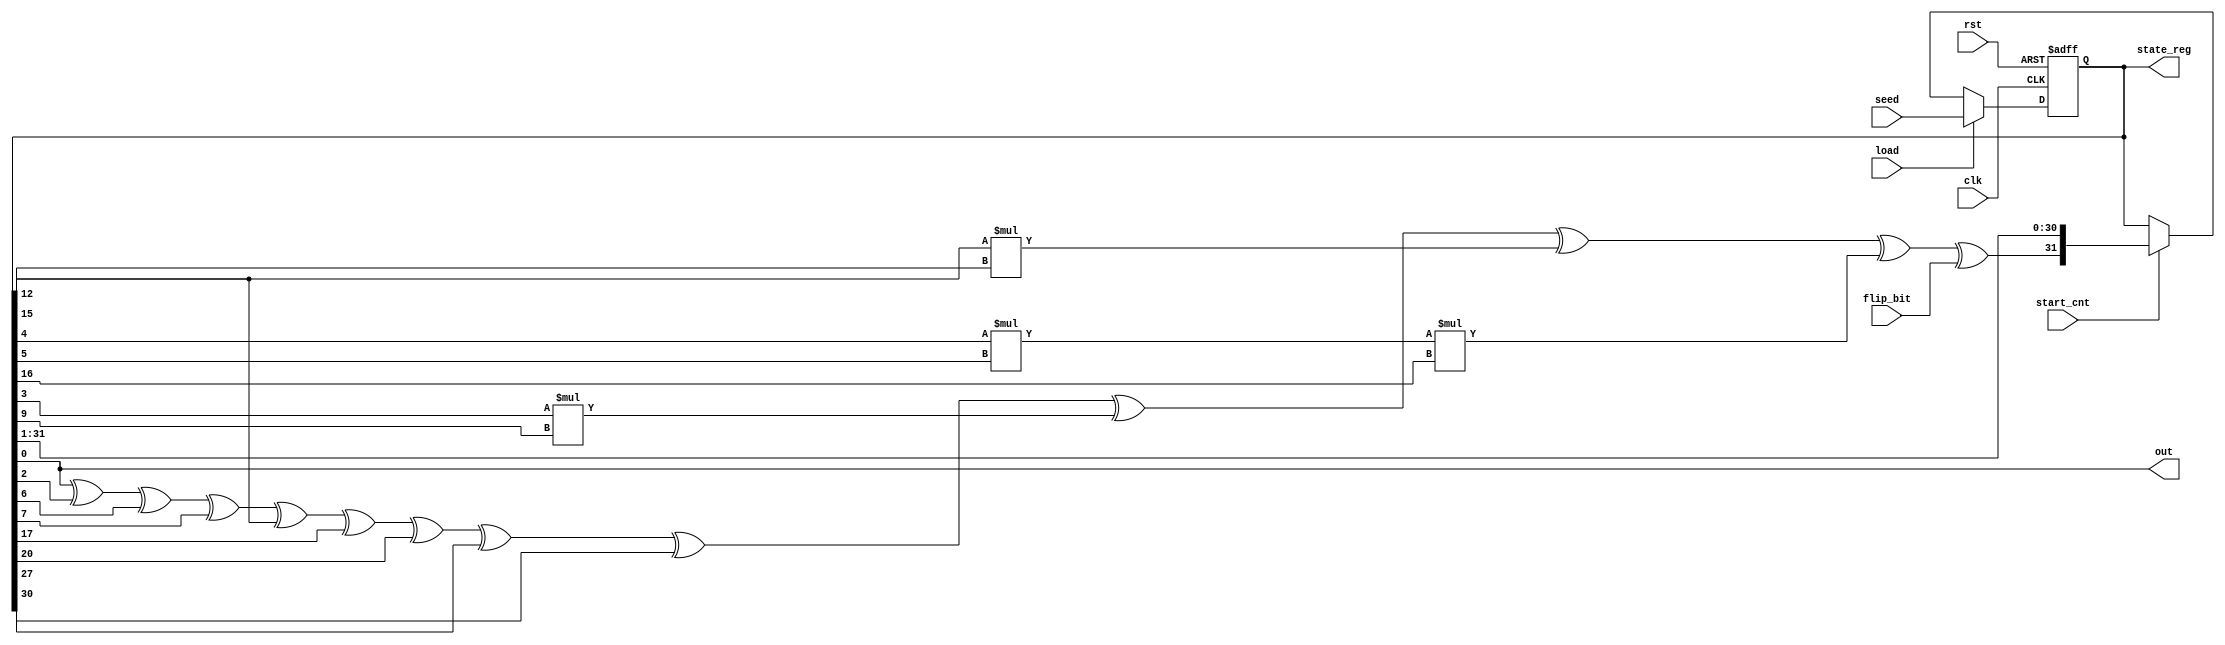
`timescale 1ns/1ps
module nlfsr_128 (out, clk, rst, load, seed, flip_bit, start_cnt, state_reg );

  output wire out;
  input wire clk, rst, load, flip_bit, start_cnt;
  input [31:0] seed;
  
  
  wire feedback, xored_feedback;
  output reg [31:0] state_reg;
  
  assign feedback = (state_reg[0] ^ state_reg[2] ^ state_reg[6] ^ state_reg[7] ^ state_reg[12] ^ state_reg[17]^ state_reg[20] ^ state_reg[27] ^ state_reg[30] ^ state_reg[3] * state_reg[9] ^ state_reg[12] * state_reg[15] ^ state_reg[4] * state_reg[5] * state_reg[16]);
  assign xored_feedback = feedback ^ flip_bit;
  assign out = state_reg[0];
  
always @(posedge clk, posedge rst)
  begin
    if (rst)
      state_reg <= 0;
	else if (load == 1)
		state_reg <= seed;
    else
	begin
		if (start_cnt == 1)
			state_reg <= {xored_feedback, state_reg[31:1]};
		else 
			state_reg <= state_reg;
	end
  end




endmodule